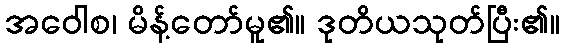
အဝေါစ၊ မိန့်တော်မူ၏။ ဒုတိယသုတ်ပြီး၏။